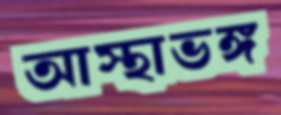
আস্থাভঙ্গ